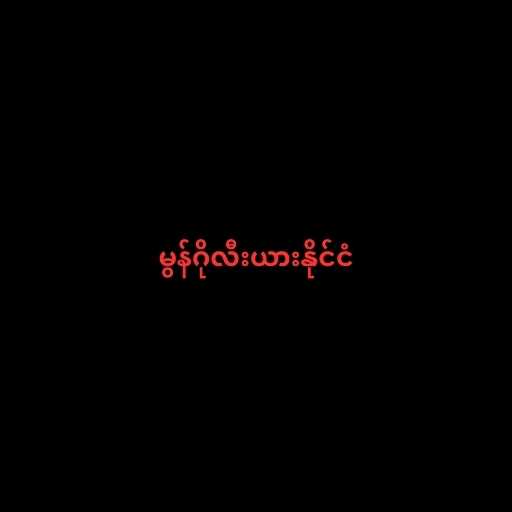
မွန်ဂိုလီးယားနိုင်ငံ